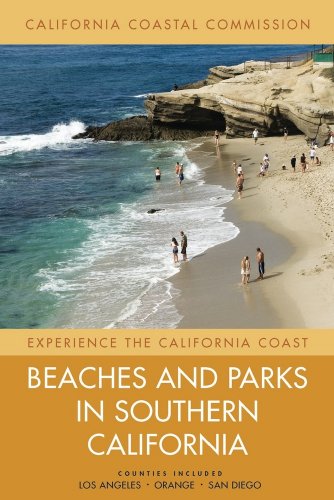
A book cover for Beaches and Parks in Southern California: Counties Included: Los Angeles, Orange, San Diego (Experience the California Coast); California Coastal Commis; Travel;